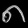
Digit: ၈